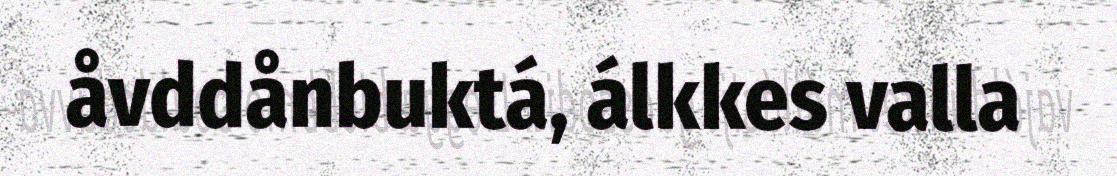
åvddånbuktá, álkkes valla